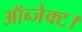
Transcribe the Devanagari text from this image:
ऑब्जेक्ट।